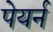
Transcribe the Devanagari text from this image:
पेयर्न